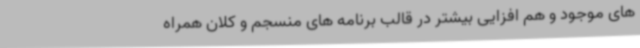
های موجود و هم افزایی بیشتر در قالب برنامه های منسجم و کلان همراه